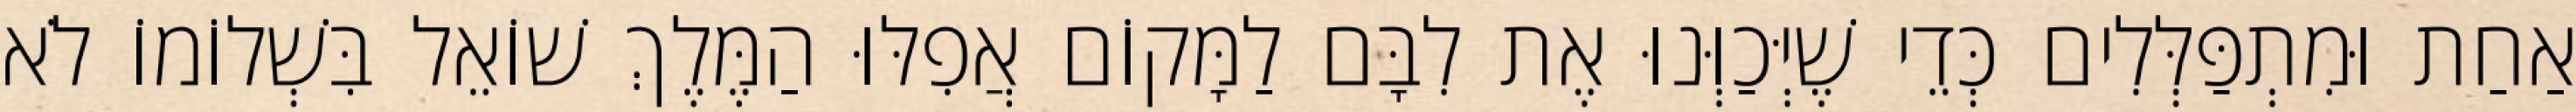
אַחַת וּמִתְפַּלְּלִים כְּדֵי שֶׁיְּכַוְּנוּ אֶת לִבָּם לַמָּקוֹם אֲפִלּוּ הַמֶּלֶךְ שׁוֹאֵל בִּשְׁלוֹמוֹ לֹא